Scottish Leaving Certificate Examination, 1951
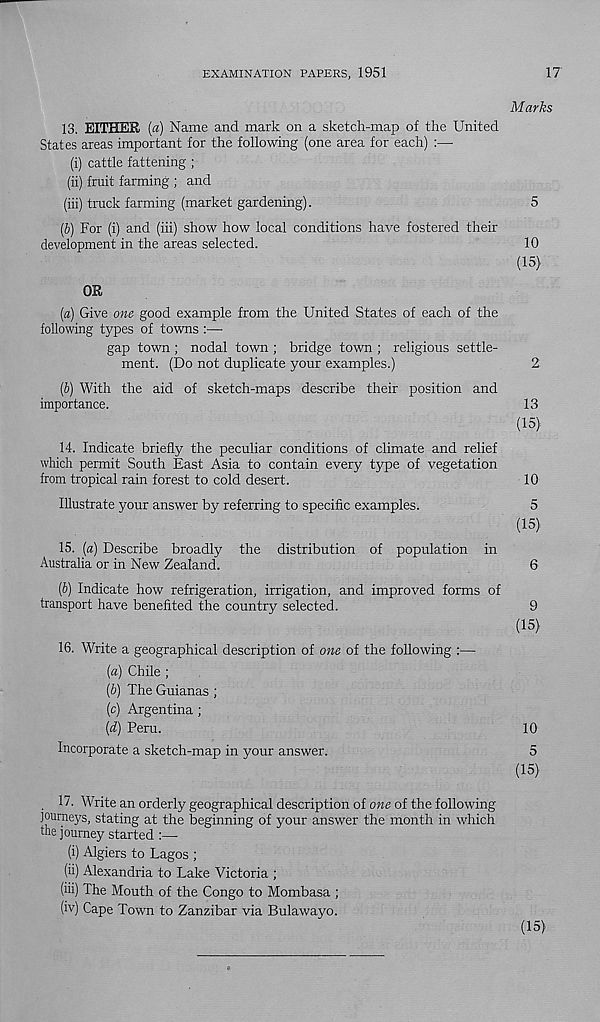
EXAMINATION PAPERS, 1951
17
Marks
13.
EITHER (a) Name and mark on a sketch-map of the
States areas important for the following (one area for each) :—
(i) cattle fattening ;
(ii) fruit farming ; and
(iii) truck farming (market gardening).
5
(£) For (i) and (iii) show how local conditions have fostered their
development in the areas selected.
10
(15)
OR
(a)
Give one good example from the United States of each
following types of towns :—
gap town; nodal town ; bridge town ; religious settle-
ment. (Do not duplicate your examples.)
2
(b)
With the aid of sketch-maps describe their position
importance.
13
(15)
14. Indicate briefly the peculiar conditions of climate and relief
which permit South East Asia to contain every type of vegetation
from tropical rain forest to cold desert.
10
Illustrate your answer by referring to specific examples.
5
(15)
15. (a) Describe broadly the distribution of population in
Australia or in New Zealand.
6
(b) Indicate how refrigeration, irrigation, and improved forms of
transport have benefited the country selected.
9
(15)
16. Write a geographical description of one of the following :—
(a) Chile ;
(b) The Guianas ;
(c) Argentina ;
(d) Peru.
10
Incorporate a sketch-map in your answer.
5
(15)
17. Write an orderly geographical description of owe of the following
journeys, stating at the beginning of your answer the month in which
the journey started :—
(i) Algiers to Lagos ;
(ii) Alexandria to Lake Victoria ;
(hi) The Mouth of the Congo to Mombasa ;
(iv)
Cape Town to Zanzibar via Bulawayo.
(15)